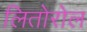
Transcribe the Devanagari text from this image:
लितोरोल